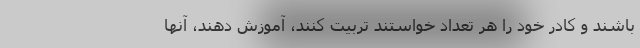
باشند و کادر خود را هر تعداد خواستند تربیت کنند، آموزش دهند، آنها